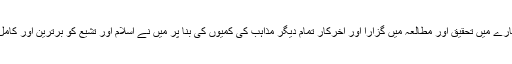
انھوں نے یہ بھی بتایا کہ میں نے سالہا سال مختلف ادیان اور فرقوں کے بارے میں تحقیق اور مطالعہ میں گزارا اور آخرکار تمام دیگر مذاہب کی کمیوں کی بنا پر میں نے اسلام اور تشیع کو برترین اور کامل ترین مذہب کے طور پر پایا اور فیصلہ کرلیا کہ اب مسلمان ہو جاؤں گی۔